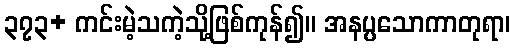
၃၇၃+ ကင်းမဲ့သကဲ့သို့ဖြစ်ကုန်၍။ အနပ္ပသောကာတုရာ၊